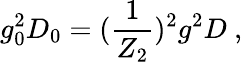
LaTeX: g_{0}^{2}D_{0}=(\frac{1}{Z_{2}})^{2}g^{2}D~,